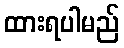
ထားရပါမည်